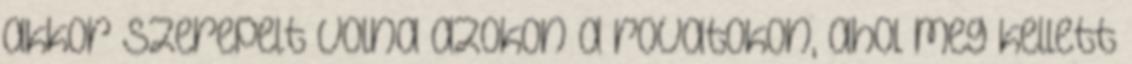
akkor szerepelt volna azokon a rovatokon, ahol meg kellett